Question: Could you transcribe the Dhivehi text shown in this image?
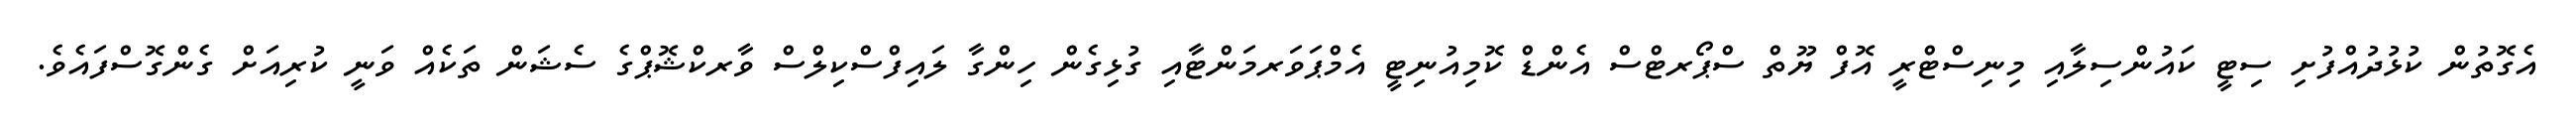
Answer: އެގޮތުން ކުޅުދުއްފުށި ސިޓީ ކައުންސިލާއި މިނިސްޓްރީ އޮފް ޔޫތް ސްޕޯރޓްސް އެންޑް ކޮމިއުނިޓީ އެމްޕަވަރމަންޓާއި ގުޅިގެން ހިންގާ ލައިފްސްކިލްސް ވާރކްޝޮޕްގެ ސެޝަން ތަކެއް ވަނީ ކުރިއަށް ގެންގޮސްފައެވެ.